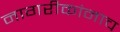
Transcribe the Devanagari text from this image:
नागरीकांनाच